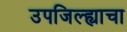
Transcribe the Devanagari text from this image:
उपजिल्ह्याचा